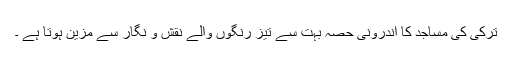
ترکی کی مساجد کا اندرونی حصہ بہت سے تیز رنگوں والے نقش و نگار سے مزین ہوتا ہے ۔